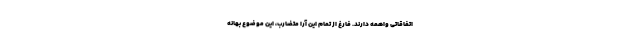
اتفاقاتی واهمه دارند. فارغ از تمام این آرا متضارب، این موضوع بهانه